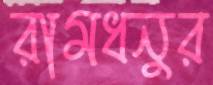
রামধনুর